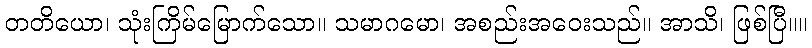
တတိယော၊ သုံးကြိမ်မြောက်သော။ သမာဂမော၊ အစည်းအဝေးသည်။ အာသိ၊ ဖြစ်ပြီ။။